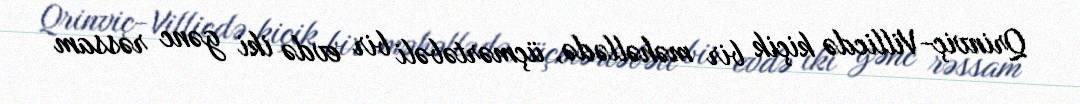
Qrinviç-Villicdə kiçik bir məhəllədə, üçmərtəbəli bir evdə iki gənc rəssam